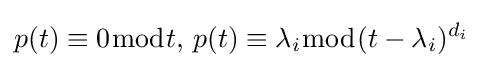
p(t)\equiv 0{\bmod {t}},\,p(t)\equiv \lambda _{i}{\bmod {(}}t-\lambda _{i})^{d_{i}}